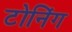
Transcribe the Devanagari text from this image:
टोनिंग